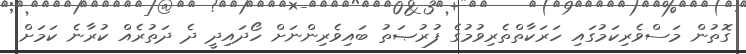
ގޮތުން މަސްވެރިކަމުގައި ހަރަކާތްތެރިވުމުގެ ފުރުޞަތު ބައިވެރިންނަށް ހޯދައިދީ ދެ ދަތުރެއް ކުރާނެ ކަމަށް